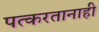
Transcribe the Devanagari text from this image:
पत्करतानाही